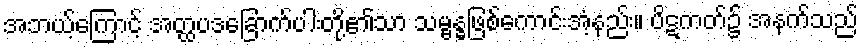
အဘယ့်ကြောင့် အတ္ထပဒခြောက်ပါးတို့၏သာ သမ္ဗန္ဓဖြစ်ကောင်းအံ့နည်း။ ပိဋကတ်၌ အနက်သည်